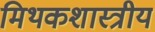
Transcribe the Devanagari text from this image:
मिथकशास्त्रीय